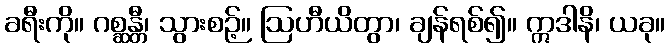
ခရီးကို။ ဂစ္ဆန္တီ၊ သွားစဉ့်။ ဩဟီယိတွာ၊ ချန်ရစ်၍။ ဣဒါနိ၊ ယခု။